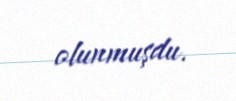
olunmuşdu.